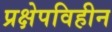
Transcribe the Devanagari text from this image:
प्रक्षेपविहीन